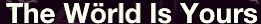
The World Is Yours